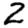
Digit: 2